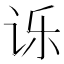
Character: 𮷇